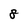
Character: 8